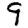
Digit: 9